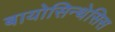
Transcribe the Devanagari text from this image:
बायोसिन्थेसिस